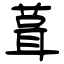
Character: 葺